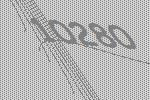
10280